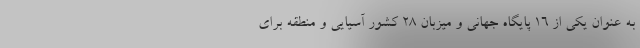
به عنوان یکی از ۱۶ پایگاه جهانی و میزبان ۲۸ کشور آسیایی و منطقه برای